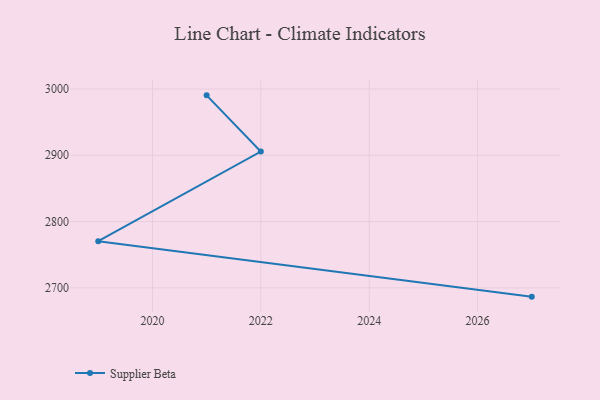
{"axis": {"x": "Year", "y": "Bounce Rate (%)"}, "legend": ["Supplier Beta"], "data": [{"x": "2021", "y": 2990.4, "type": "Supplier Beta"}, {"x": "2022", "y": 2905.6, "type": "Supplier Beta"}, {"x": "2019", "y": 2770.4, "type": "Supplier Beta"}, {"x": "2027", "y": 2686.7, "type": "Supplier Beta"}]}